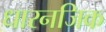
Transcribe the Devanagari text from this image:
धारनजिक